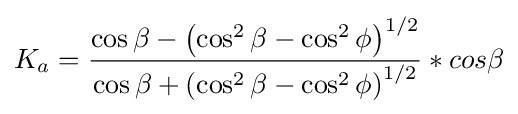
K_{a}={\frac {\cos \beta -\left(\cos ^{2}\beta -\cos ^{2}\phi \right)^{1/2}}{\cos \beta +\left(\cos ^{2}\beta -\cos ^{2}\phi \right)^{1/2}}}*cos\beta